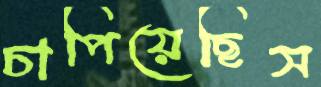
চাপিয়েছিস